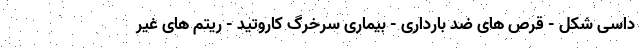
داسی شکل - قرص های ضد بارداری - بیماری سرخرگ کاروتید - ریتم های غیر